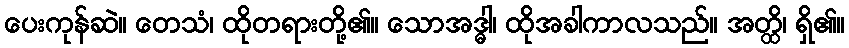
ပေးကုန်ဆဲ။ တေသံ၊ ထိုတရားတို့၏။ သောအဒ္ဓါ၊ ထိုအခါကာလသည်။ အတ္ထိ၊ ရှိ၏။